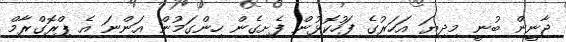
ޖާނީން ބުނީ މިދިޔަ އަހަރުގެ ފަހުކޮޅުން ފެށިގެން ހިންގަމުން އަންނަ އެ ޕްރޮގްރާމް